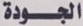
الجودة